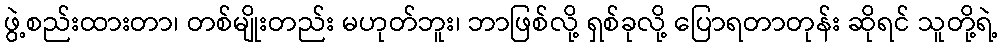
ဖွဲ့စည်းထားတာ၊ တစ်မျိုးတည်း မဟုတ်ဘူး၊ ဘာဖြစ်လို့ ရှစ်ခုလို့ ပြောရတာတုန်း ဆိုရင် သူတို့ရဲ့